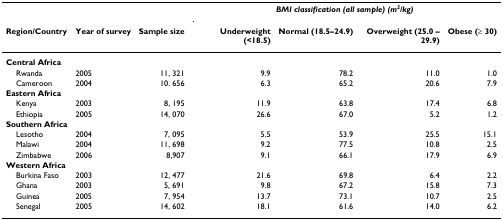
<table><thead><tr><td></td><td></td><td></td><td colspan="4"><b><i>BMI classification (all sample) (m<sup><i>2</i></sup>/kg)</i></b></td></tr><tr><td><b>Region/Country</b></td><td><b>Year of survey</b></td><td><b>Sample size</b></td><td><b>Underweight (&lt;18.5)</b></td><td><b>Normal (18.5–24.9)</b></td><td><b>Overweight (25.0 – 29.9)</b></td><td><b>Obese (≥ 30)</b></td></tr></thead><tbody><tr><td><b>Central Africa</b></td><td></td><td></td><td></td><td></td><td></td><td></td></tr><tr><td> Rwanda</td><td>2005</td><td>11, 321</td><td>9.9</td><td>78.2</td><td>11.0</td><td>1.0</td></tr><tr><td> Cameroon</td><td>2004</td><td>10. 656</td><td>6.3</td><td>65.2</td><td>20.6</td><td>7.9</td></tr><tr><td><b>Eastern Africa</b></td><td></td><td></td><td></td><td></td><td></td><td></td></tr><tr><td> Kenya</td><td>2003</td><td>8, 195</td><td>11.9</td><td>63.8</td><td>17.4</td><td>6.8</td></tr><tr><td> Ethiopia</td><td>2005</td><td>14, 070</td><td>26.6</td><td>67.0</td><td>5.2</td><td>1.2</td></tr><tr><td><b>Southern Africa</b></td><td></td><td></td><td></td><td></td><td></td><td></td></tr><tr><td> Lesotho</td><td>2004</td><td>7, 095</td><td>5.5</td><td>53.9</td><td>25.5</td><td>15.1</td></tr><tr><td> Malawi</td><td>2004</td><td>11, 698</td><td>9.2</td><td>77.5</td><td>10.8</td><td>2.5</td></tr><tr><td> Zimbabwe</td><td>2006</td><td>8,907</td><td>9.1</td><td>66.1</td><td>17.9</td><td>6.9</td></tr><tr><td><b>Western Africa</b></td><td></td><td></td><td></td><td></td><td></td><td></td></tr><tr><td> Burkina Faso</td><td>2003</td><td>12, 477</td><td>21.6</td><td>69.8</td><td>6.4</td><td>2.2</td></tr><tr><td> Ghana</td><td>2003</td><td>5, 691</td><td>9.8</td><td>67.2</td><td>15.8</td><td>7.3</td></tr><tr><td> Guinea</td><td>2005</td><td>7, 954</td><td>13.7</td><td>73.1</td><td>10.7</td><td>2.5</td></tr><tr><td> Senegal</td><td>2005</td><td>14, 602</td><td>18.1</td><td>61.6</td><td>14.0</td><td>6.2</td></tr></tbody></table>